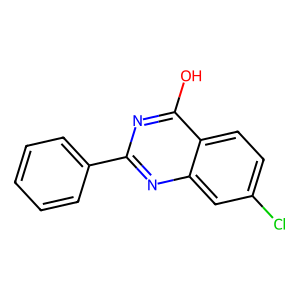
SMILES: Oc1nc(-c2ccccc2)nc2cc(Cl)ccc12
Inhibits HIV replication: No